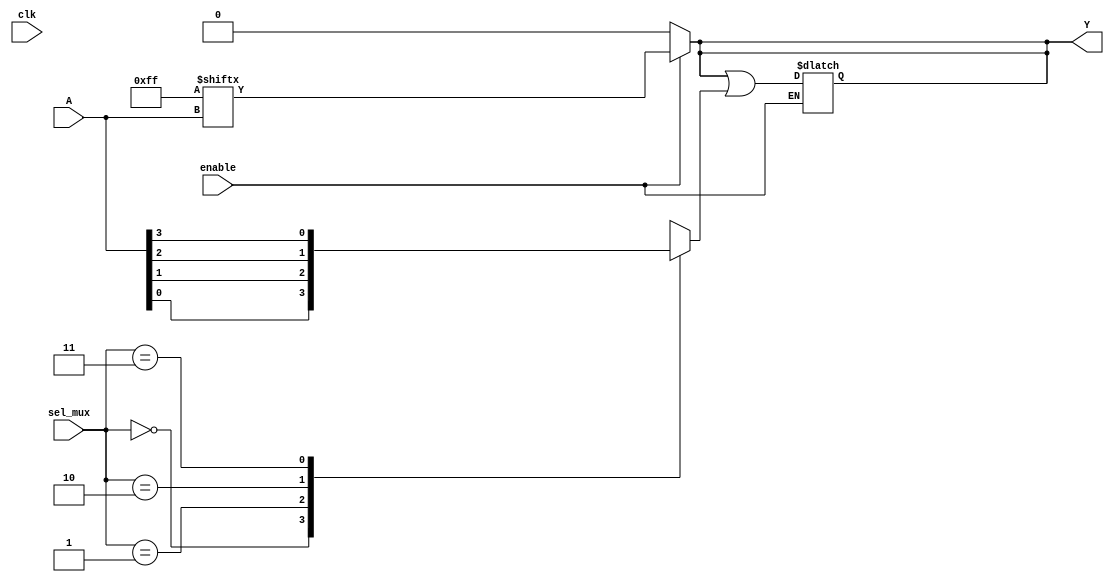
module CLB (
    input wire [3:0] A,          // 4-bit input for LUT
    input wire [1:0] sel_mux,    // 2-bit select for MUX
    input wire clk,              // Clock signal for control
    input wire enable,           // Enable signal for operation
    output reg Y                 // Output of the CLB
);

// LUT configuration (truth table)
// Example: Y = A0 & A1 | A2 & A3
reg [15:0] lut; // 4-input LUT can represent 16 combinations

// MUX configuration
wire mux_out;
reg [3:0] mux_in; // Inputs for MUX

// Initial LUT values (example: a simple AND-OR function)
initial begin
    lut = 16'b0000000011111111; // Example truth table
end

// LUT operation
always @(*) begin
    if (enable) begin
        Y = lut[A]; // Output from LUT based on input A
    end else begin
        Y = 0; // Disable output
    end
end

// MUX operation
always @(*) begin
    case (sel_mux)
        2'b00: mux_out = A[0]; // Select A0
        2'b01: mux_out = A[1]; // Select A1
        2'b10: mux_out = A[2]; // Select A2
        2'b11: mux_out = A[3]; // Select A3
        default: mux_out = 1'b0;
    endcase
end

// Output logic (combining LUT and MUX output)
always @(*) begin
    if (enable) begin
        Y = Y | mux_out; // Combine LUT output with MUX output
    end
end

endmodule